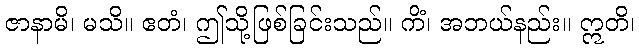
ဇာနာမိ၊ မသိ။ ဧတံ၊ ဤသို့ဖြစ်ခြင်းသည်။ ကိံ၊ အဘယ်နည်း။ ဣတိ၊